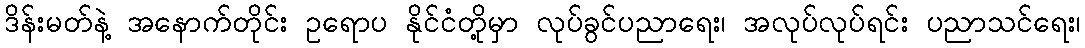
ဒိန်းမတ်နဲ့ အနောက်တိုင်း ဥရောပ နိုင်ငံတို့မှာ လုပ်ခွင်ပညာရေး၊ အလုပ်လုပ်ရင်း ပညာသင်ရေး၊